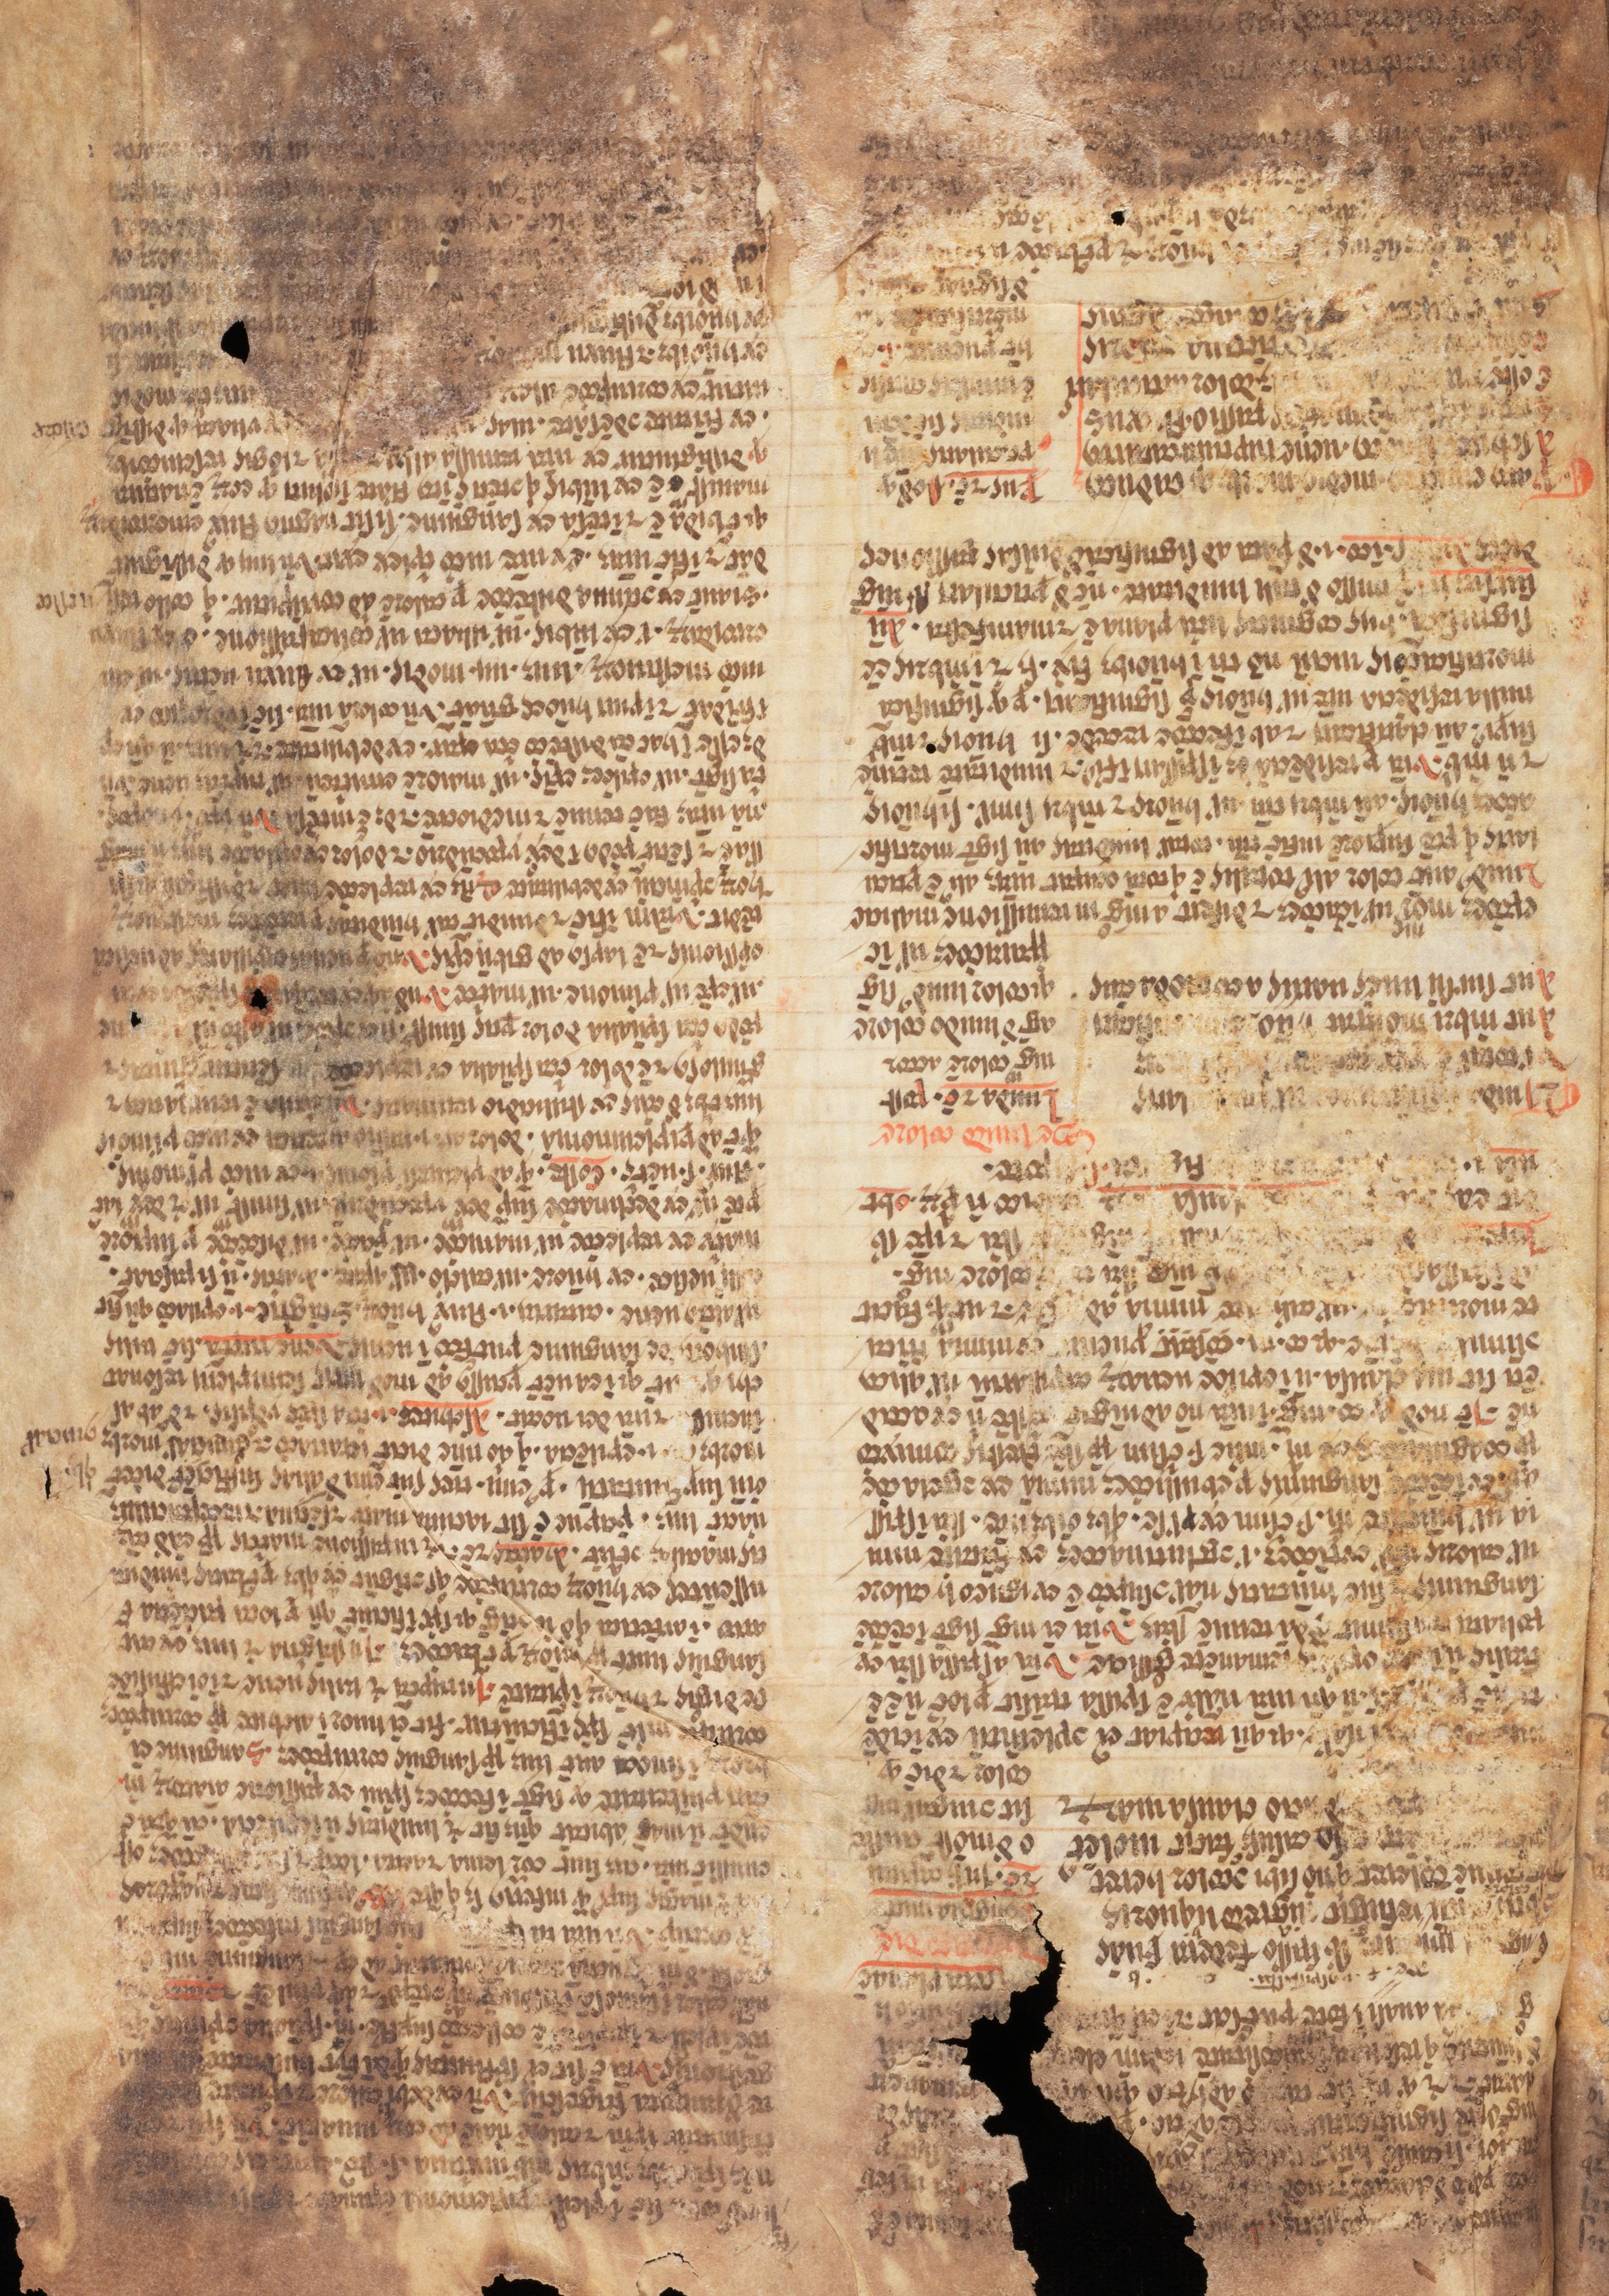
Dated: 1338–1338